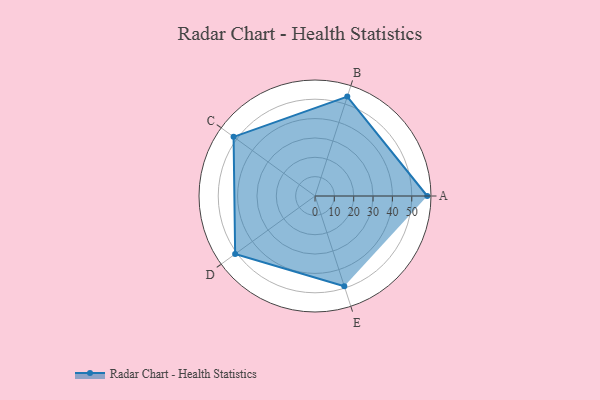
{"axis": {"x": "Skill", "y": "Score"}, "legend": ["Profile"], "data": [{"x": "A", "y": 58.0, "type": "Profile"}, {"x": "B", "y": 54.0, "type": "Profile"}, {"x": "C", "y": 52.0, "type": "Profile"}, {"x": "D", "y": 51.0, "type": "Profile"}, {"x": "E", "y": 49.0, "type": "Profile"}]}